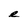
Character: e